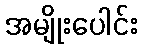
အမျိုးပေါင်း